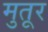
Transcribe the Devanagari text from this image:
मुतूर